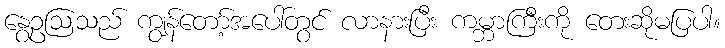
နွေဥဩသည် ကျွန်တော့်အပေါ်တွင် လာနားပြီး ကမ္ဘာကြီးကို တေးဆိုမပြပါ။